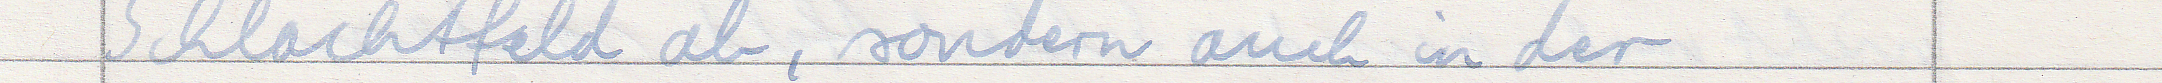
Schlachtfeld ab, sondern auch in der